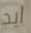
ايد